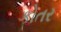
કોતર